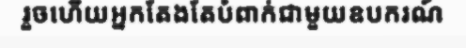
រួចហើយអ្នកតែងតែបំពាក់ជាមួយឧបករណ៍